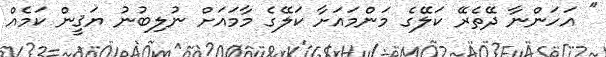
" އަހަންނާ ދޭތެރޭ ކަލޭގެ މަންމައަށާ ކަލޭގެ މާމައަށް ނުލިބުނު ޔަޤީން ކަމެއް